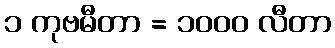
၁ ကုဗမီတာ = ၁၀၀၀ လီတာ